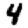
Digit: 4